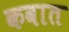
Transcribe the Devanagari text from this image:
कवात